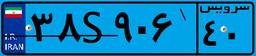
۳۸S۹۰۶۴۰